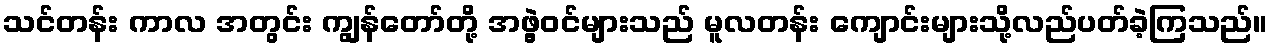
သင်တန်း ကာလ အတွင်း ကျွန်တော်တို့ အဖွဲ့ဝင်များသည် မူလတန်း ကျောင်းများသို့လည်ပတ်ခဲ့ကြသည်။